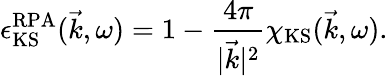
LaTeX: \epsilon_{\mathrm{KS}}^{\mathrm{RPA}}(\vec{k},\omega)=1-\frac{4\pi}{\vert\vec{k}\vert^{2}}\chi_{\mathrm{KS}}(\vec{k},\omega).